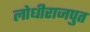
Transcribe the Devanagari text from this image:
लोधीराजपुत